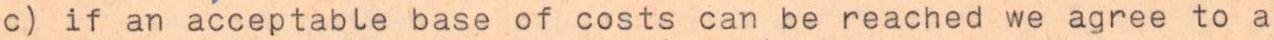
c) if an acceptable base of costs can be reached we agree to a